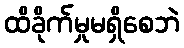
ထိခိုက်မှုမရှိစေဘဲ